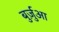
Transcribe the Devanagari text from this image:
बुर्ज़ुआ